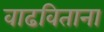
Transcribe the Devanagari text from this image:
वाढविताना